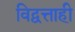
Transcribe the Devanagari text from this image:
विद्वत्ताही